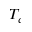
T _ { c }